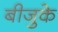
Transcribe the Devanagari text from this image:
बीजुके